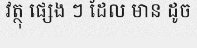
វត្ថុ ផ្សេង ៗ ដែល មាន ដូច